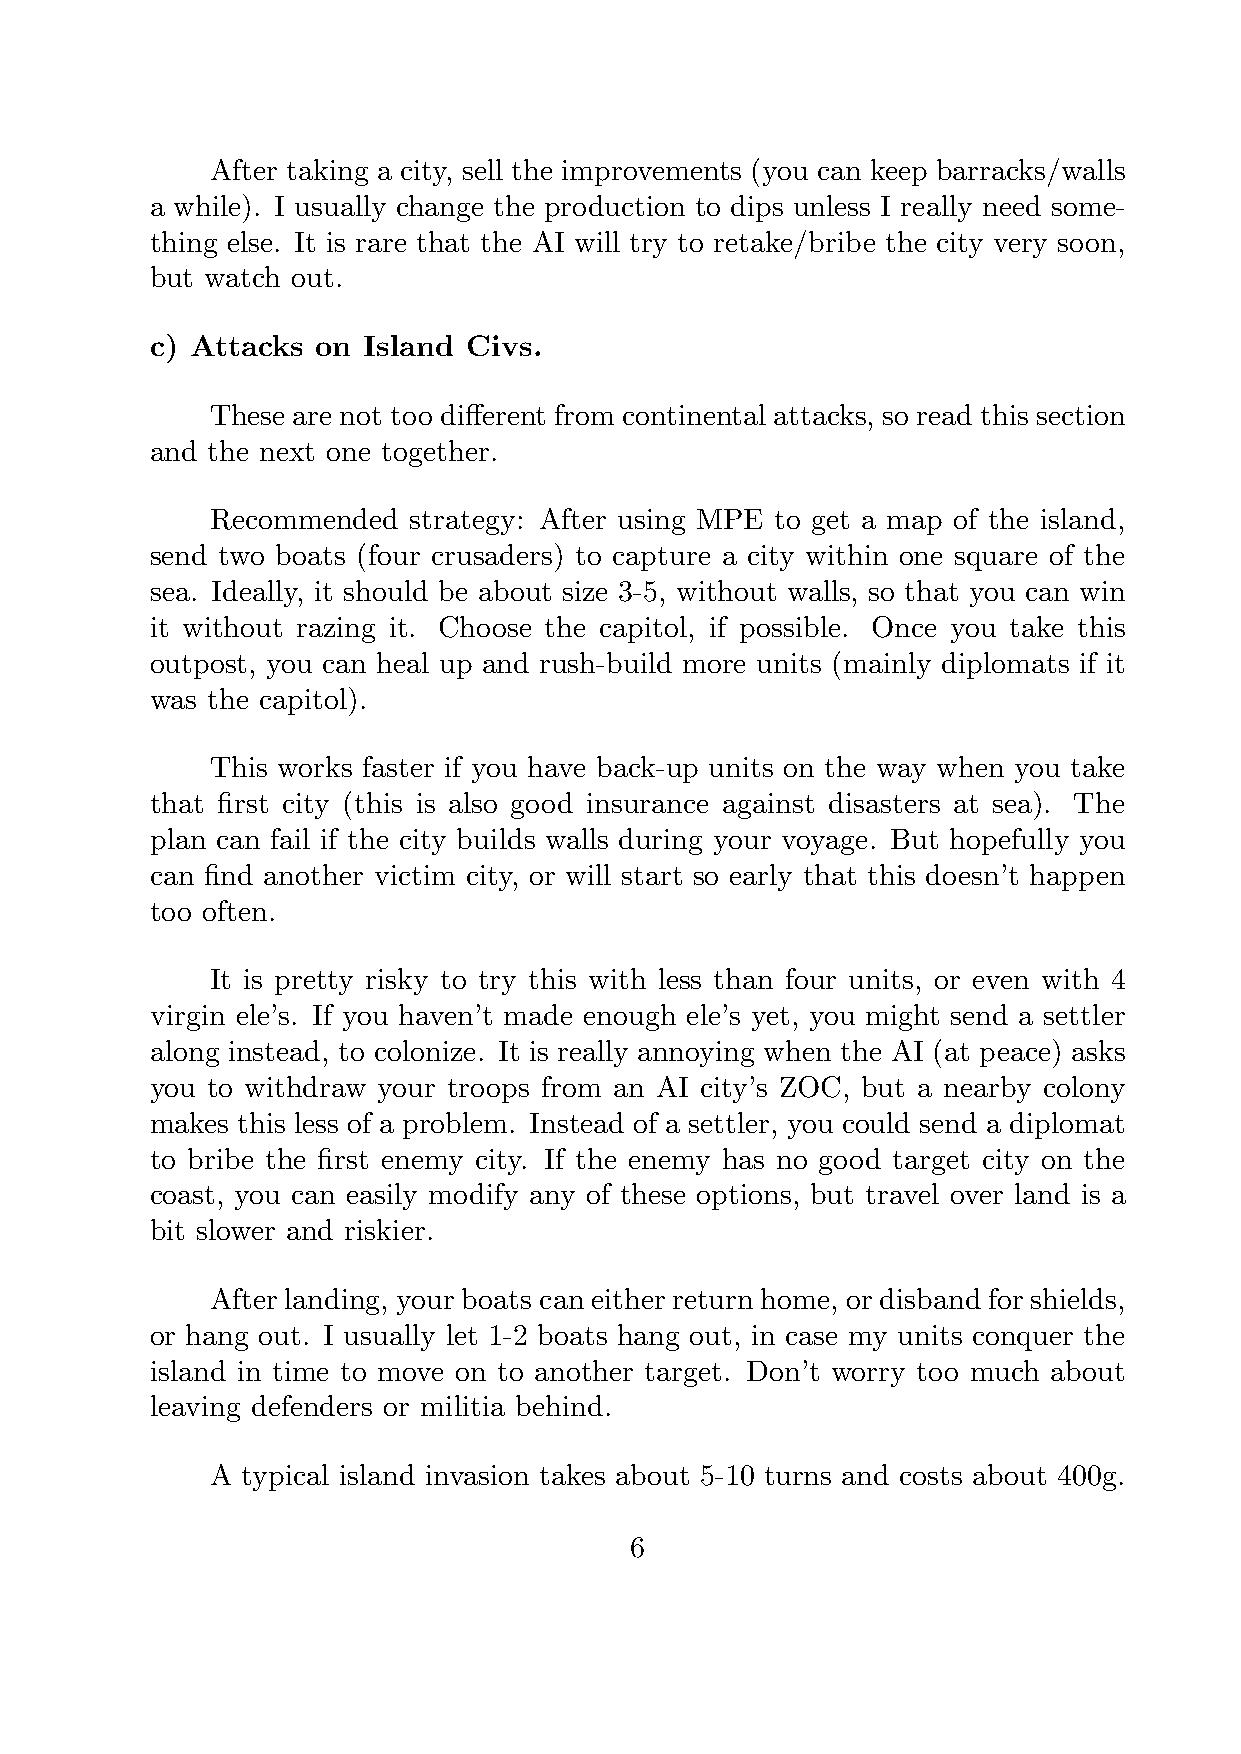
After taking a city, sell the improvements (you can keep barracks/walls
 a while). I usually change the production to dips unless I really need some-
 thing else. It is rare that the AI will try to retake/bribe the city very soon,
 but watch out.
 c) Attacks on Island Civs.
 These are not too different from continental attacks, so read this section
 and the next one together.
 Recommended  strategy: After using MPE to get a map of the island,
 send two boats (four crusaders) to capture a city within one square of the
 sea. Ideally, it should be about size 3-5, without walls, so that you can win
 it without razing it. Choose the capitol, if possible. Once you take this
 outpost, you can heal up and rush-build more units (mainly diplomats if it
 was the capitol).
 This works faster if you have back-up units on the way when you take
 that first city (this is also good insurance against disasters at sea). The
 plan can fail if the city builds walls during your voyage. But hopefully you
 can find another victim city, or will start so early that this doesn’t happen
 too often.
 It is pretty risky to try this with less than four units, or even with 4
 virgin ele’s. If you haven’t made enough ele’s yet, you might send a settler
 along instead, to colonize. It is really annoying when the AI (at peace) asks
 you to withdraw your troops from an AI city’s ZOC, but a nearby colony
 makes this less of a problem. Instead of a settler, you could send a diplomat
 to bribe the first enemy city. If the enemy has no good target city on the
 coast, you can easily modify any of these options, but travel over land is a
 bit slower and riskier.
 After landing, your boats can either return home, or disband for shields,
 or hang out. I usually let 1-2 boats hang out, in case my units conquer the
 island in time to move on to another target. Don’t worry too much about
 leaving defenders or militia behind.
 A typical island invasion takes about 5-10 turns and costs about 400g.
 6